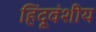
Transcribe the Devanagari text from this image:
हिंदूवंशीय